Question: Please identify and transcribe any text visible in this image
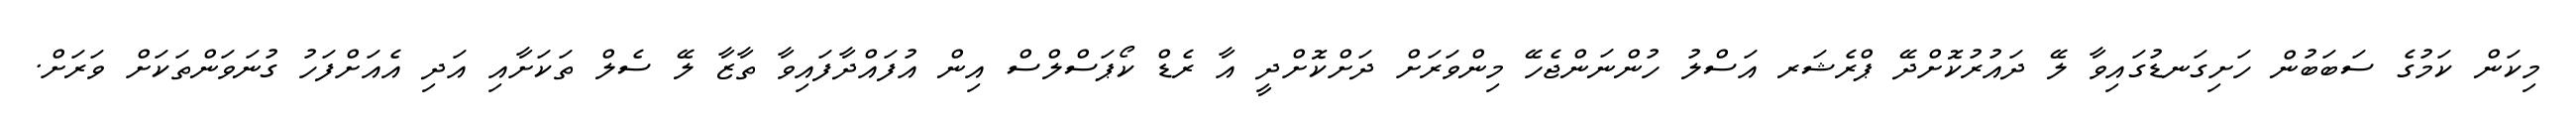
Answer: މިކަން ކަމުގެ ސަބަބުން ހަށިގަނޑުގައިވާ ލޭ ދައުރުކޮށްދޭ ޕްރެޝަރ އަސްލު ހުންނަންޖެހޭ މިންވަރަށް ދަށްކޮށްދީ އާ ރެޑް ކޯޕަސްލްސް އިން އުފައްދާފައިވާ ތާޒާ ލޭ ސެލް ތަކަށާއި އަދި އެއަށްފަހު ގުނަވަންތަކަށް ވަރަށް.